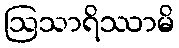
ဩသာရိဿာမိ